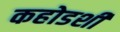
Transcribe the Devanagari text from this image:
कहोडशी